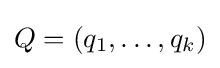
Q=(q_{1},\ldots ,q_{k})